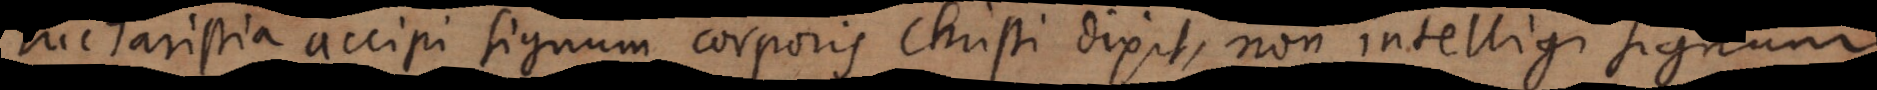
ucharistia accipi signum corporis Christi dixit, non intelligi signum